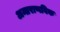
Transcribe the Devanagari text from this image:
अन्तराणविक